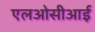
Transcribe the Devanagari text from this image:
एलओसीआई